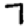
Digit: 7